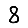
Digit: 8